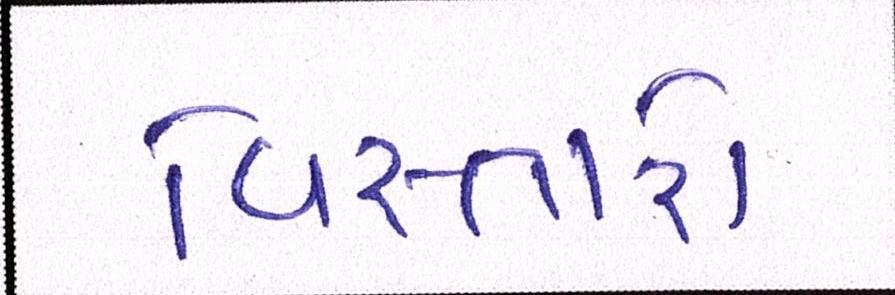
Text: વિસ્તારો